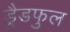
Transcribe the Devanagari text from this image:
ड्रैडफुल